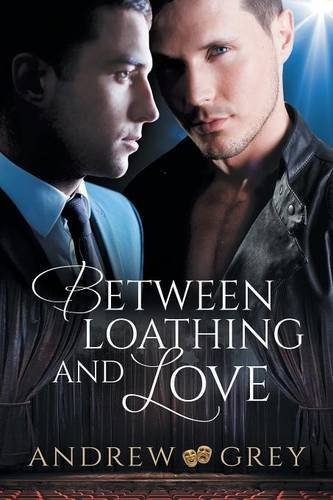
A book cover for Between Loathing and Love; Andrew Grey; Romance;